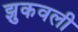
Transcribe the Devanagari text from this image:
झुकवली